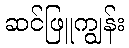
ဆင်ဖြူကျွန်း